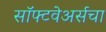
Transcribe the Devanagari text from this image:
सॉफ्टवेअर्सचा